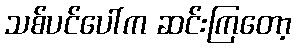
သစ်ပင်ပေါ်က ဆင်းကြတော့